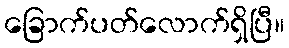
ခြောက်ပတ်လောက်ရှိပြီ။